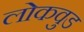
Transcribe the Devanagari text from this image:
लोकवुड